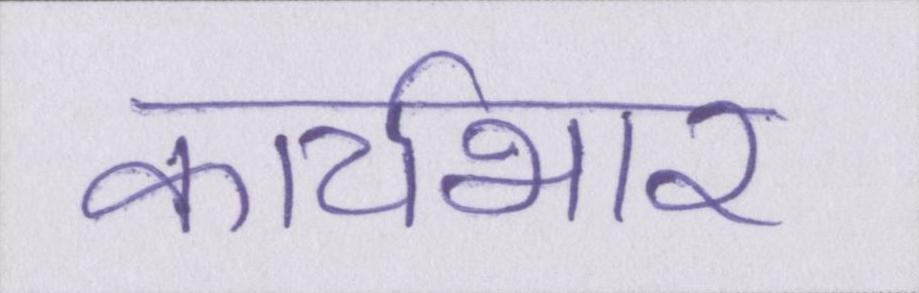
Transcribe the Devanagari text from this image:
कार्यभार